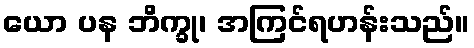
ယော ပန ဘိက္ခု၊ အကြင်ရဟန်းသည်။